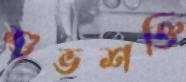
শুভশক্তি